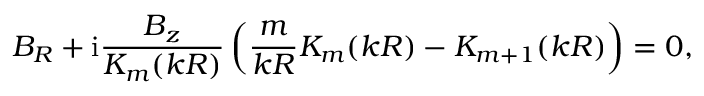
B _ { R } + \mathrm { i } \frac { B _ { z } } { K _ { m } ( k R ) } \left( \frac { m } { k R } K _ { m } ( k R ) - K _ { m + 1 } ( k R ) \right) = 0 ,